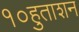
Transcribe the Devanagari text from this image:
१०हुताशन